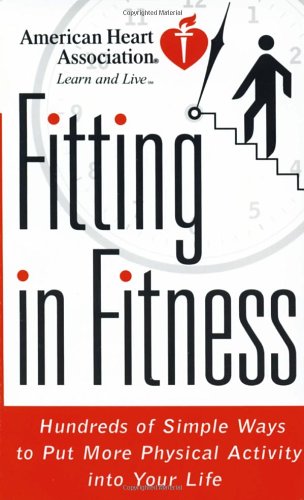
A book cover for American Heart Association Fitting in Fitness: Hundreds of Simple Ways to Put More Physical Activity into Your Life; American Heart Association; Health, Fitness & Dieting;